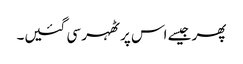
پھر جیسے اس پر ٹھہر سی گئیں۔